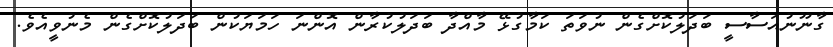
ގާނޫނުއަސާސީ ބަދަލުކޮށްގެން ނުވަތަ ކަމާގުޅޭ މާއްދާ ބަދަލުކުރާން އޮންނަ ހަމަޔަކުން ބަދަލުކޮށްގެން މެނުވީއެވެ.